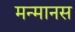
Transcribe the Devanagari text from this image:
मन्मानस